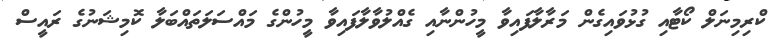
ކްރިމިނަލް ކޯޓާއި ގުޅުވައިގެން މަރާލާފައިވާ މީހުންނާއި ގެއްލުވާލާފައިވާ މީހުންގެ މައްސަލަތައްބަލާ ކޮމިޝަނުގެ ރައީސް